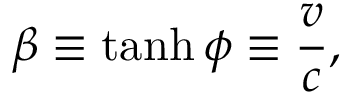
\beta \equiv \operatorname { t a n h } \phi \equiv { \frac { v } { c } } ,